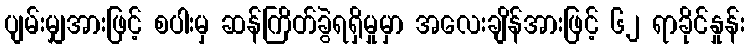
ပျမ်းမျှအားဖြင့် စပါးမှ ဆန်ကြိတ်ခွဲရရှိမှုမှာ အလေးချိန်အားဖြင့် ၆၂ ရာခိုင်နှုန်း